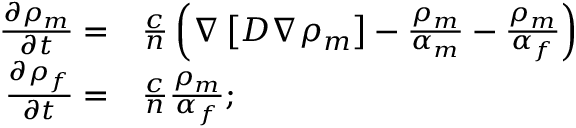
\begin{array} { r l } { \frac { \partial \rho _ { m } } { \partial t } = } & { { } \frac { c } { n } \left( \nabla \left[ D \nabla \rho _ { m } \right] - \frac { \rho _ { m } } { \alpha _ { m } } - \frac { \rho _ { m } } { \alpha _ { f } } \right) } \\ { \frac { \partial \rho _ { f } } { \partial t } = } & { { } \frac { c } { n } \frac { \rho _ { m } } { \alpha _ { f } } ; } \end{array}